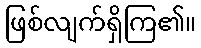
ဖြစ်လျက်ရှိကြ၏။